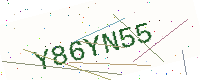
Text: Y86YN55